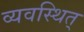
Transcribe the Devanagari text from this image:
व्यवस्थित्